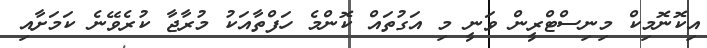
އިކޮނޮމިކް މިނިސްޓްރީން ވަނީ މި އަގުތައް ކޮންމެ ހަފްތާއަކު މުރާޖާ ކުރެވޭނެ ކަމަށާއި